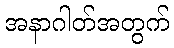
အနာဂါတ်အတွက်